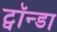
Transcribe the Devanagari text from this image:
ट्वॉन्डा